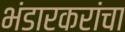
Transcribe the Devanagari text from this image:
भंडारकरांचा